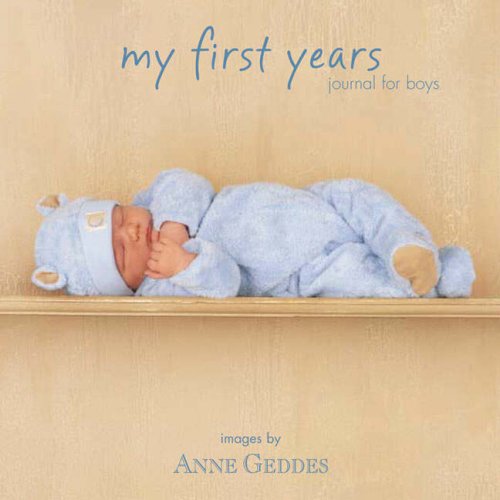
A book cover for My First Years Journal for Boys (Anne Geddes); Anne Geddes; Crafts, Hobbies & Home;